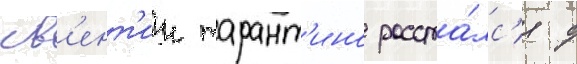
кв'ент'ин тарант'ино расста́лс'я с